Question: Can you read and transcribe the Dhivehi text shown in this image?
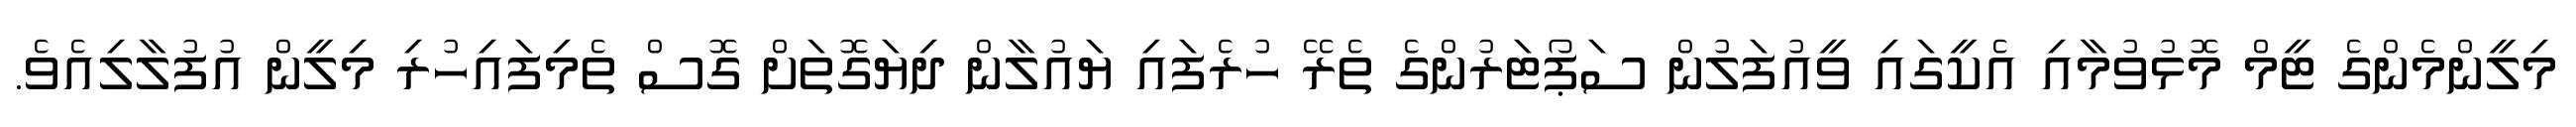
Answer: މިލީންމެންގެ ޓީމް މޮޅުވުމާއި އެކީގައި ވީއުފަލުން ސަޕޯޓަރުންގެ ތެރޭ ހުރެފައި ޔައުލާން ދިޔަގޮތަށް ގޮސް ތެމިފައިހުރި މިލީން އުފުލާލިއެވެ.